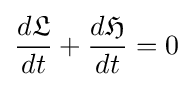
{\frac {d{\mathfrak {L}}}{dt}}+{\frac {d{\mathfrak {H}}}{dt}}=0